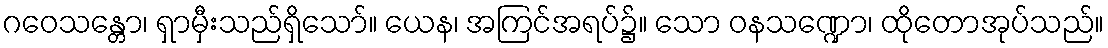
ဂဝေသန္တော၊ ရှာမှီးသည်ရှိသော်။ ယေန၊ အကြင်အရပ်၌။ သော ဝနသဏ္ဍော၊ ထိုတောအုပ်သည်။